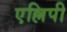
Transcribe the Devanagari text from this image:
एल्लिपी